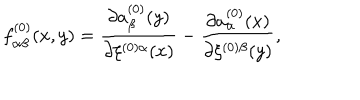
f _ { \alpha \beta } ^ { ( 0 ) } ( x , y ) = \frac { \partial a _ { \beta } ^ { ( 0 ) } ( y ) } { \partial \xi ^ { ( 0 ) \alpha } ( x ) } - \frac { \partial a _ { \alpha } ^ { ( 0 ) } ( x ) } { \partial \xi ^ { ( 0 ) \beta } ( y ) } ,